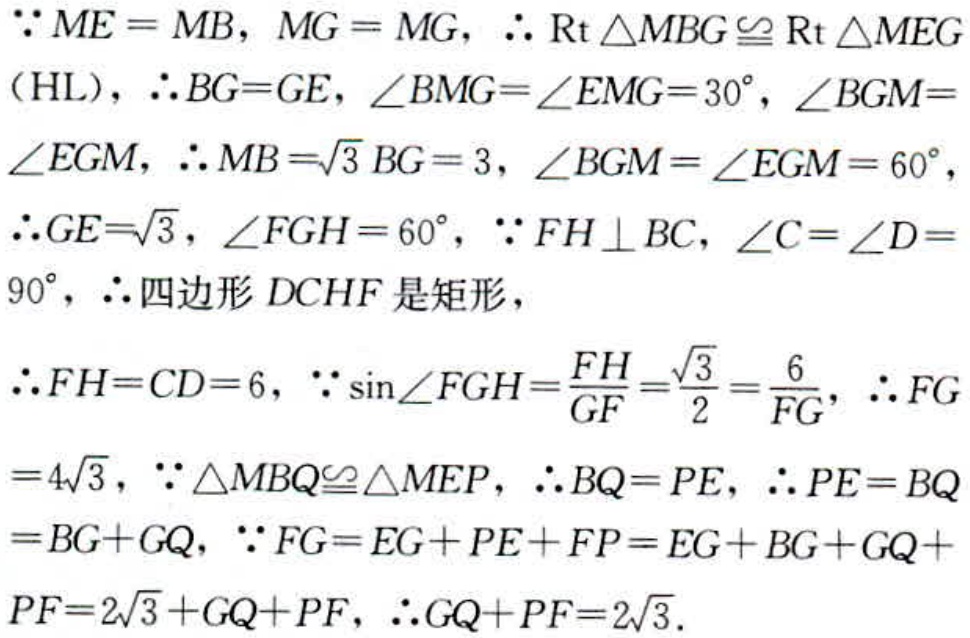
\(\because ME = MB,\ MG = MG,\ \therefore \text{Rt} \triangle MBG\cong \text{Rt} \triangle MEG\)
\((\text{HL}),\ \therefore BG = GE,\ \angle BMG=\angle EMG = 30^{\circ},\ \angle BGM=\)
\(\angle EGM,\ \therefore MB=\sqrt{3}BG = 3,\ \angle BGM=\angle EGM = 60^{\circ},\)
\(\therefore GE=\sqrt{3},\ \angle FGH = 60^{\circ},\ \because FH\perp BC,\ \angle C=\angle D =\)
\(90^{\circ},\ \therefore\)四边形\(DCHF\)是矩形,
\(\therefore FH = CD = 6,\ \because \sin\angle FGH=\frac{FH}{GF}=\frac{\sqrt{3}}{2}=\frac{6}{FG},\ \therefore FG\)
\( = 4\sqrt{3},\ \because \triangle MBQ\cong \triangle MEP,\ \therefore BQ = PE,\ \therefore PE = BQ\)
\(=BG + GQ,\ \because FG = EG + PE+FP = EG + BG + GQ+\)
\(PF = 2\sqrt{3}+GQ + PF,\ \therefore GQ + PF = 2\sqrt{3}.\)